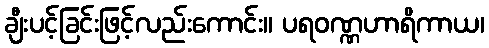
ချီးပင့်ခြင်းဖြင့်လည်းကောင်း။ ပရဝဏ္ဏဟာရိကာယ၊